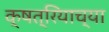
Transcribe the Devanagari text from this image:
क्षत्रियाच्या